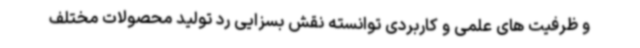
و ظرفیت های علمی و کاربردی توانسته نقش بسزایی رد تولید محصولات مختلف